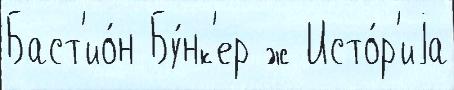
Баст'ио́н Бу́нк'ер ́ж Исто́р'иjа